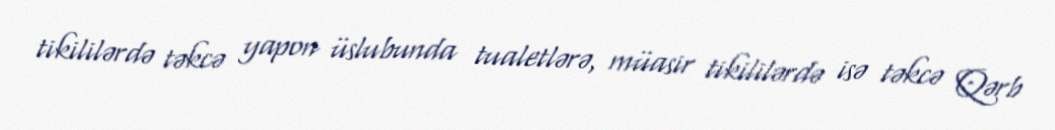
tikililərdə təkcə yapon üslubunda tualetlərə, müasir tikililərdə isə təkcə Qərb